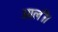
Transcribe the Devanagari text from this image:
आली।